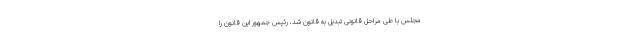
مجلس با طی مراحل قانونی تبدیل به قانون شد، رئیس جمهور این قانون را